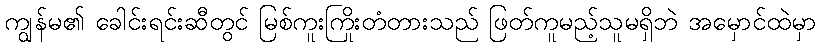
ကျွန်မ၏ ခေါင်းရင်းဆီတွင် မြစ်ကူးကြိုးတံတားသည် ဖြတ်ကူမည့်သူမရှိဘဲ အမှောင်ထဲမှာ